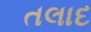
તલાદ